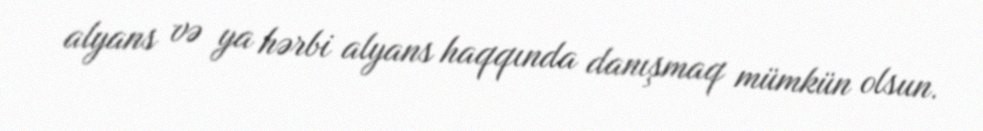
alyans və ya hərbi alyans haqqında danışmaq mümkün olsun.